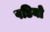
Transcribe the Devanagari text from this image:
पडियो